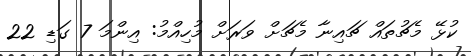
ކުޅޭ މެޗުތައް ޗައިނާ މެޗަށް ވަރަށް މުހިއްމު: އިންމަ 7 ގަޑި 22